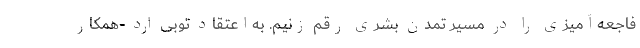
فاجعه‌آمیزی را در مسیر تمدن بشری رقم زنیم. به‌اعتقاد توبی اُرد -همکار